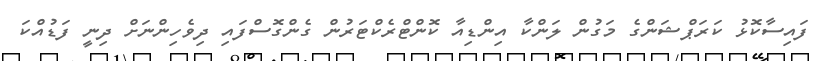
ފައިސާކޮޅު ކަރަޕްޝަންގެ މަގުން ލަންކާ އިންޑިއާ ކޮންޓްރެކްޓަަރުން ގެންގޮސްފައި ދިވެހިންނަށް ދިނީ ފަޑުއްކަ